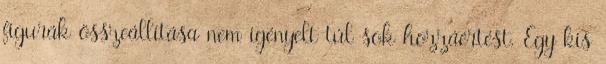
figurák összeállítása nem igényelt túl sok hozzáértést. Egy kis